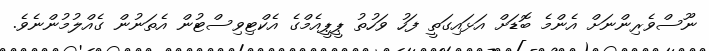
ނޫސްވެރިންނަށް އެންމެ ބޮޑަށް އަޅައިގަތީ ފަހު ވަހުތު ޕީޕީއެމްގެ އެކްޓިވިސްޓުން އެތަނުން ގެއްލުމުންނެވެ.